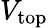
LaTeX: V_{\mathrm{top}}